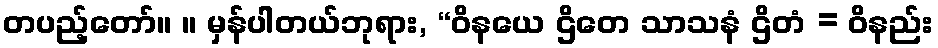
တပည့်တော်။ ။ မှန်ပါတယ်ဘုရား, “ဝိနယေ ဌိတေ သာသနံ ဌိတံ = ဝိနည်း